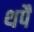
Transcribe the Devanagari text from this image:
थपै